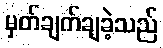
မှတ်ချက်ချခဲ့သည်